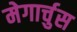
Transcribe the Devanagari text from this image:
मेगार्चुस